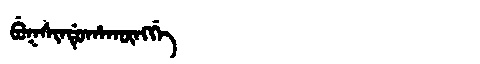
Manchu: ᠪᡠᡴᠰᡳᠨᡩᡠᡥᠠᡴᡡᠩᡤᡝ
Romanization: BUKSINDUHAKŪNGGE